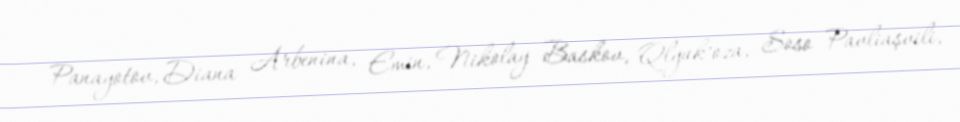
Panayotov, Diana Arbenina, Emin, Nikolay Baskov, Qlyuk’oza, Soso Pavliaşvili,